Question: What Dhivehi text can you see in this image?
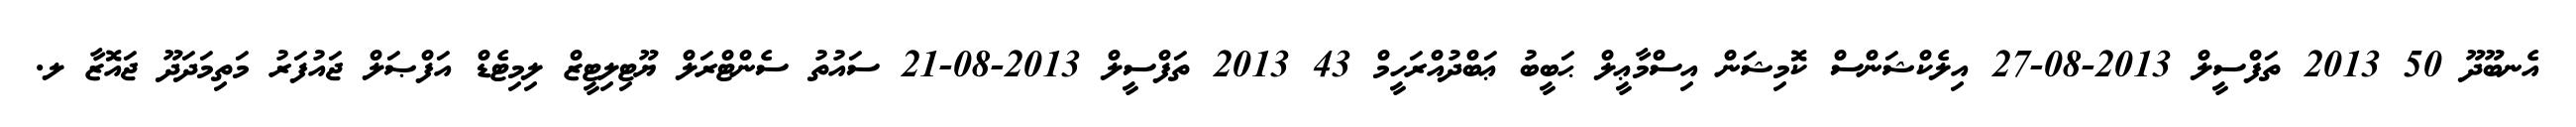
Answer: އެނބޫދޫ 50 2013 ތަފްސީލް 2013-08-27 އިލެކްޝަންސް ކޮމިޝަން އިސްމާޢީލް ޙަބީބު ޢަބްދުއްރަހީމް 43 2013 ތަފްސީލް 2013-08-21 ސައުތު ސެންޓްރަލް ޔޫޓިލިޓީޒް ލިމިޓެޑް އަފްޞަލް ޖައުފަރު މަތިމަދަދޫ ޖައޮޒާ ލ.